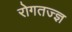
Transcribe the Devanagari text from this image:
रोगतज्ज्ञ